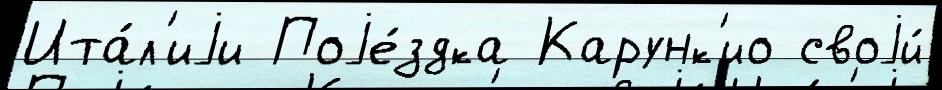
Ита́л'иjи Поjе́здка Карунк'ио своjи́